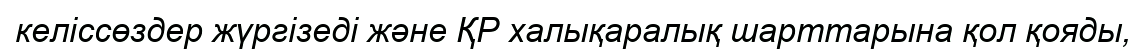
келіссөздер жүргізеді және ҚР халықаралық шарттарына қол қояды,